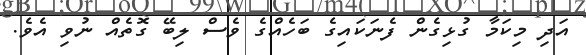
އަދި މިކަމާ ގުޅިގެން ފެނަކައިގެ ބަހެއްގެ ވެސް ލިބޭ ގޮތެއް ނުވި އެވެ.